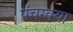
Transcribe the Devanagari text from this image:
पंचग्वया